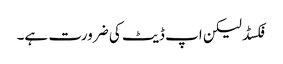
فکسڈ لیکن اپ ڈیٹ کی ضرورت ہے۔